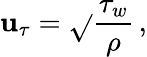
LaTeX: \mathbf{u}_{\tau}=\sqrt{}{{\frac{{\tau_{w}}}{{\rho}}}}\, ,